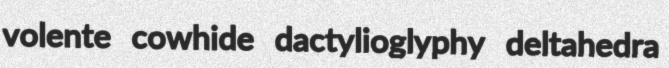
volente cowhide dactylioglyphy deltahedra